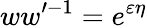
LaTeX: ww^{\prime-1}=e^{\varepsilon\eta}